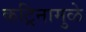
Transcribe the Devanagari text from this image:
कट्रिनामुळे